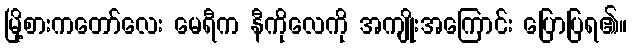
မြို့စားကတော်လေး မေရီက နီကိုလေကို အကျိုးအကြောင်း ပြောပြရ၏။